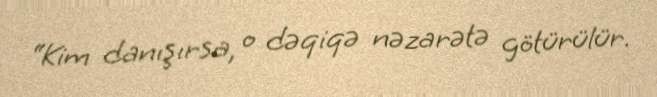
“Kim danışırsa, o dəqiqə nəzarətə götürülür.